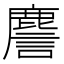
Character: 䴦